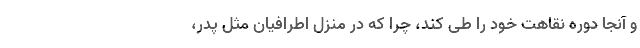
و آنجا دوره نقاهت خود را طی کند، چرا که در منزل اطرافیان مثل پدر،